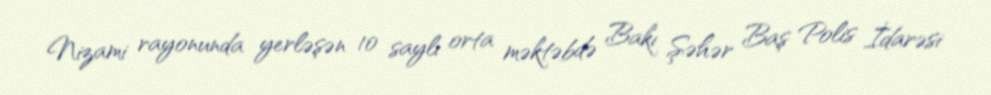
Nizami rayonunda yerləşən 10 saylı orta məktəbdə Bakı Şəhər Baş Polis İdarəsi